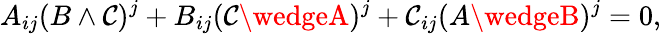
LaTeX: A_{ij}(B\wedge\mathcal{C})^{j}+B_{ij}(\mathcal{C}\wedgeA)^{j}+\mathcal{C}_{ij}(A\wedgeB)^{j}=0,